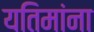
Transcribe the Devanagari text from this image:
यतिमांना